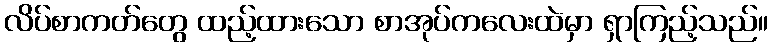
လိပ်စာကတ်တွေ ထည့်ထားသော စာအုပ်ကလေးထဲမှာ ရှာကြည့်သည်။